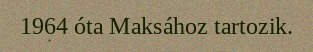
1964 óta Maksához tartozik.